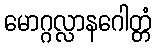
မောဂ္ဂလ္လာနဂေါတ္တံ